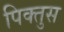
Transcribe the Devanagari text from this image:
पिक्तुस